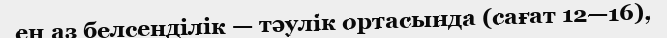
ең аз белсенділік — тәулік ортасында (сағат 12—16),